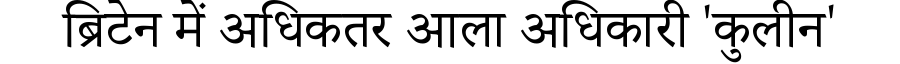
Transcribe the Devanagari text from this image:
ब्रिटेन में अधिकतर आला अधिकारी 'कुलीन'